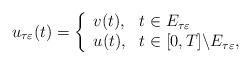
LaTeX: \begin{align*}u_{\tau\varepsilon}(t)=\left\{\begin{array}[c]{ll}v(t), & t\in E_{\tau\varepsilon}\\u(t), & t\in\lbrack0,T]\backslash E_{\tau\varepsilon},\end{array}\right. \end{align*}